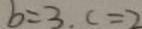
b = 3 . c = 2